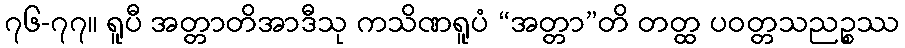
၇၆-၇၇။ ရူပီ အတ္တာတိအာဒီသု ကသိဏရူပံ “အတ္တာ”တိ တတ္ထ ပဝတ္တသညဉ္စဿ